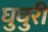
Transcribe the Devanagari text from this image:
घुघुरी